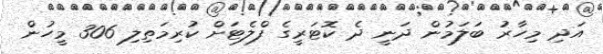
އަދި މިހާރު ބަލަމުން ދަނީ ދެ ކޮޓަރީގެ ފްލެޓަށް ކުރިމަތިލި 306 މީހުން